Scottish Leaving Certificate Examination, 1951
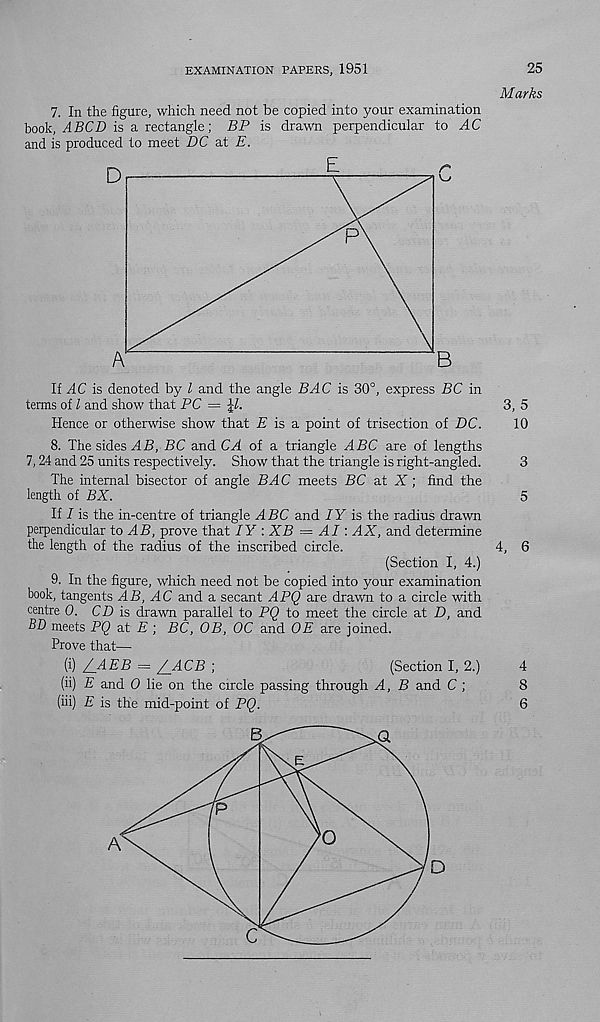
EXAMINATION PAPERS, 1951
25
Marks
7.
In the figure, which need not be copied into your examination
book, ABCD is a rectangle; BP is drawn perpendicular to AC
and is produced to meet DC at E.
r
B
If AC is denoted by l and the angle BAC is 30°, express BC in
terms of l and show that PC = \l.
3, 5
Hence or otherwise show that H is a point of trisection of DC.
10
8. The sides AB, BC and CA of a triangle ABC are of lengths
7,24 and 25 units respectively. Show that the triangle is right-angled.
3
The internal bisector of angle BAC meets BC a.t X; find the
length of BX.
5
If I is the in-centre of triangle ABC and IY is the radius drawn
perpendicular to AB, prove that IY : XB = AI: AX, and determine
the length of the radius of the inscribed circle.
4, 6
(Section I, 4.)
9. In the figure, which need not be copied into your examination
book, tangents AB, AC and a secant APQ are drawn to a circle with
centre 0. CD is drawn parallel to PQ to meet the circle at D, and
BD meets PQ at E ; BC, OB, OC and OE are joined.
Prove that—
(i) /_AEB = Z_ACB ;
(Section I, 2.)
4
(ii) E and 0 lie on the circle passing through A, B and C ;
8
(hi) E is the mid-point of PQ.
6
D